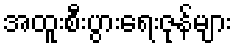
အထူးစီးပွားရေးဇုန်များ